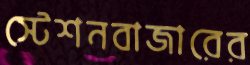
স্টেশনবাজারের